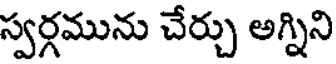
స్వర్గమును చేర్చు అగ్నిని